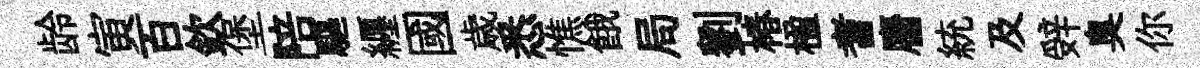
龄寅百欽堡陪驅纒國歳悉憔餓局劉椿楹耆麕統及辤臭你